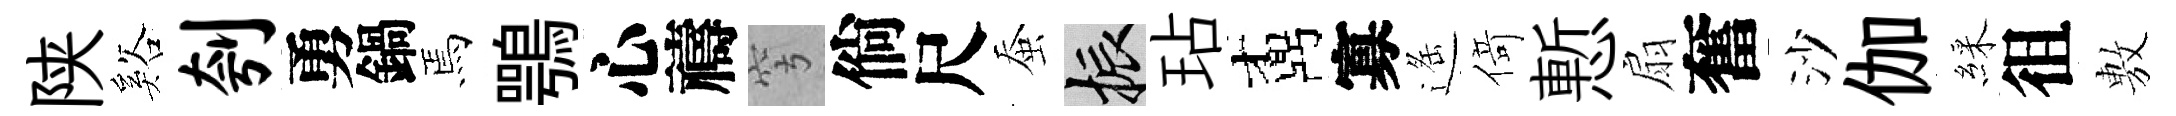
陕谿刳勇鍋焉鶚心禱穹倘尺蚕振玷鼒寡遥𠋣慙扇奮沙伽綵徂𢾾